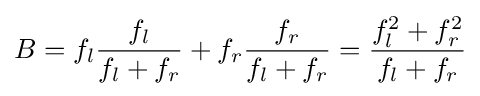
B=f_{l}{\frac {f_{l}}{f_{l}+f_{r}}}+f_{r}{\frac {f_{r}}{f_{l}+f_{r}}}={\frac {f_{l}^{2}+f_{r}^{2}}{f_{l}+f_{r}}}